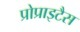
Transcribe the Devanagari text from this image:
प्रोप्राइटैस